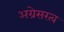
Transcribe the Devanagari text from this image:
अग्रेसरत्व